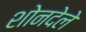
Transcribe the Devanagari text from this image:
शोनदेले